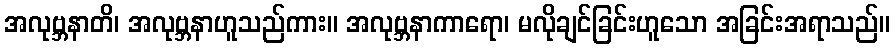
အလုဗ္ဘနာတိ၊ အလုဗ္ဘနာဟူသည်ကား။ အလုဗ္ဘနာကာရော၊ မလိုချင်ခြင်းဟူသော အခြင်းအရာသည်။